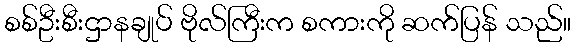
စစ်ဦးစီးဌာနချုပ် ဗိုလ်ကြီးက စကားကို ဆက်ပြန် သည်။